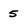
Character: 5